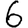
Digit: 6